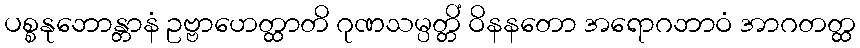
ပစ္စနုဘောန္တာနံ ဥဗ္ဗာဟေတ္ထာတိ ဂုဏသမ္ပတ္တိံ ဝိနနတော အရောဂဘာဝံ အာဂတတ္ထ